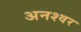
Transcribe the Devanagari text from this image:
अनश्‍वर